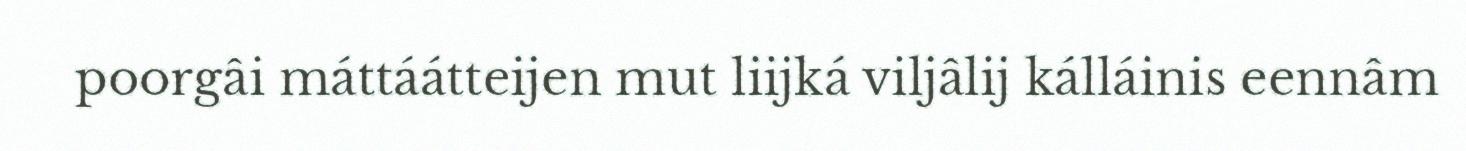
poorgâi máttáátteijen mut liijká viljâlij kálláinis eennâm